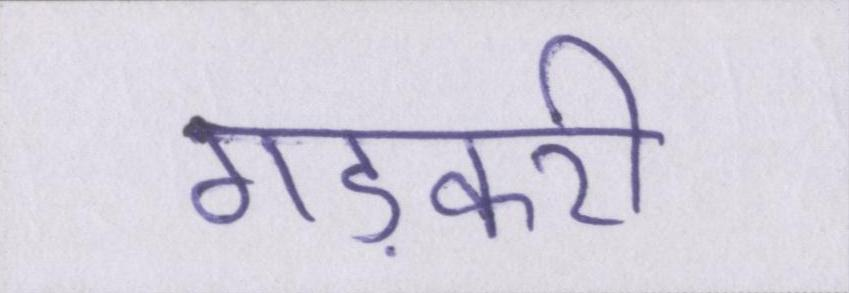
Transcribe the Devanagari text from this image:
गड़करी